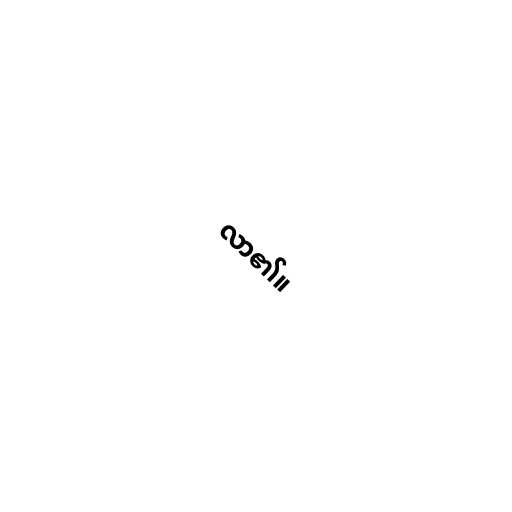
လာ၏။